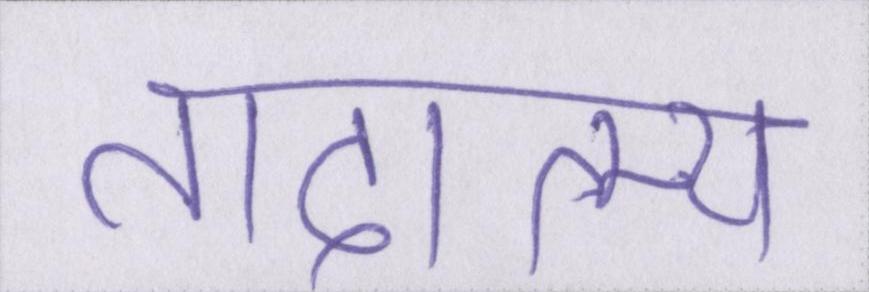
तादात्म्य